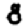
Digit: 8